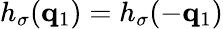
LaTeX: h_{\sigma}(\mathbf{q}_{1})=h_{\sigma}(-\mathbf{q}_{1})